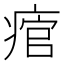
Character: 痯